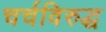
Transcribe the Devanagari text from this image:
चर्चविरुद्ध